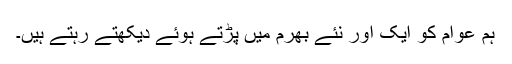
ہم عوام کو ایک اور نئے بھرم میں پڑتے ہوئے دیکھتے رہتے ہیں۔